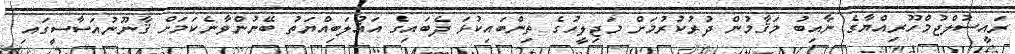
ރައީސުލްޖުމްހޫރިއްޔާގެ ނާއިބު މަޤާމުން ދުރުކުރުމަށް މަޖިލީހުގެ ތިންބައިކުޅަ ދެބައިގެ އަޣުލަބިއްޔަތު ބޭނުންވާނެކަމަށް ޤާނޫނުއަސާސީގައި